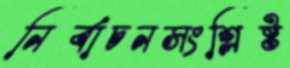
নির্বাচনসংশ্লিষ্ট